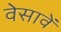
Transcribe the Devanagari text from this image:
वेसावें